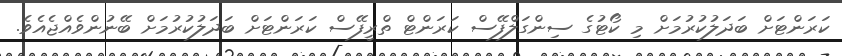
ކަރަންޓަށް ބަދަލުކުރުމަށް މި ކޯޓުގެ ސިންގަލްފޭސް ކަރަންޓް ތްރީފޭސް ކަރަންޓަށް ބަދަލުކުރުމަށް ބޭނުންވެއްޖެއެވެ.